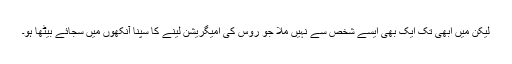
لیکن میں ابھی تک ایک بھی ایسے شخص سے نہیں ملا جو روس کی امیگریشن لینے کا سپنا آنکھوں میں سجائے بیٹھا ہو۔